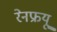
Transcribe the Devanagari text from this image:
रेनफ्रयू